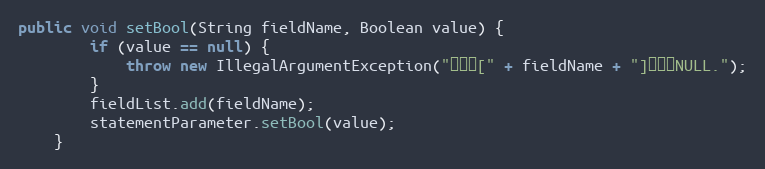
Language: Java
public void setBool(String fieldName, Boolean value) {
		if (value == null) {
			throw new IllegalArgumentException("参数值[" + fieldName + "]不能为NULL.");
		}
		fieldList.add(fieldName);
		statementParameter.setBool(value);
	}